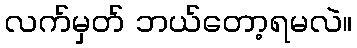
လက်မှတ် ဘယ်တော့ရမလဲ။